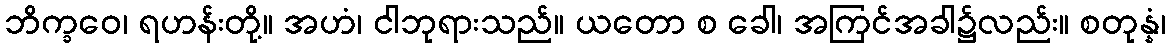
ဘိက္ခဝေ၊ ရဟန်းတို့။ အဟံ၊ ငါဘုရားသည်။ ယတော စ ခေါ၊ အကြင်အခါ၌လည်း။ စတုန္နံ၊